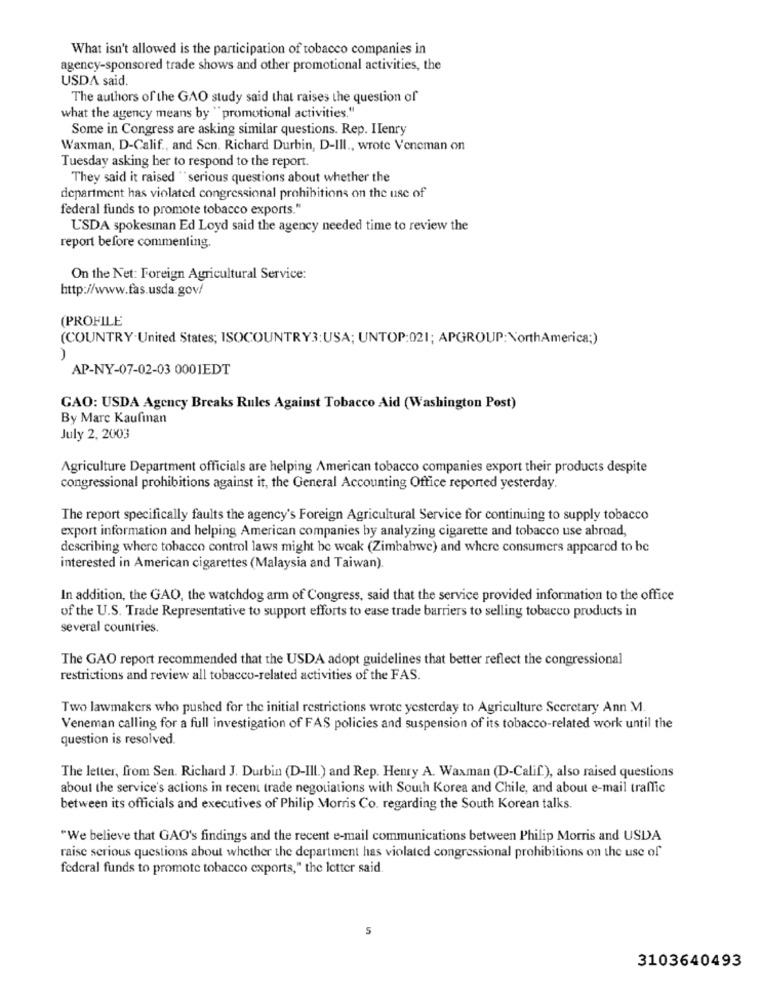
What isn't allowed is the participation of tobacco companies in
agency-sponsored trade shows and other promotional activities, the
USDA said.
The authors of the GAO study said that raises the question of
what the agency means by "promotional activities."
Some in Congress are asking similar questions. Rep. IIenry
Waxman, D-Calif ., and Sen. Richard Durbin, D-III ., wrote Veneman on
Tuesday asking her to respond to the report.
They said it raised "serious questions about whether the
department has violated congressional prohibitions on the use of
federal funds to promote tobacco exports."
U'SDA spokesman Ed Loyd said the agency needed time to review the
report before commenting.
On the Net: Foreign Agricultural Service:
http://www.fas.usda.gov/
(PROFILE
(COUNTRY-United States; ISOCOUNTRY3:USA; UNTOP:021; APGROUP: NorthAmerica;)
AP-NY-07-02-03 0001EDT
GAO: USDA Agency Breaks Rules Against Tobacco Aid (Washington Post)
By Marc Kaufinan
July 2, 2003
Agriculture Department officials are helping American tobacco companies export their products despite
congressional prohibitions against it, the General Accounting Office reported yesterday.
The report specifically faults the agency's Foreign Agricultural Service for continuing to supply tobacco
export information and helping American companies by analyzing cigarette and tobacco use abroad,
describing where tobacco control laws might be weak (Zimbabwe) and where consumers appeared to be
interested in American cigarettes (Malaysia and Taiwan).
In addition, the GAO, the watchdog arm of Congress, said that the service provided information to the office
of the U.S. Trade Representative to support efforts to ease trade barriers to selling tobacco products in
several countries.
The GAO report recommended that the USDA adopt guidelines that better reflect the congressional
restrictions and review all tobacco-related activities of the FAS.
Two lawmakers who pushed for the initial restrictions wrote yesterday to Agriculture Secretary Ann M.
Veneman calling for a full investigation of FAS policies and suspension of its tobacco-related work until the
question is resolved.
The letter, from Sen. Richard J. Durbin (D-Ill.) and Rep. Henry A. Waxman (D-Calif.), also raised questions
about the service's actions in recent trade negotiations with South Korea and Chile, and about e-mail traffic
between its officials and executives of Philip Morris Co. regarding the South Korean talks.
"We believe that GAO's findings and the recent e-mail communications between Philip Morris and USDA
raise serious questions about whether the department has violated congressional prohibitions on the use of
federal funds to promote tobacco exports," the letter said.
5
3103640493